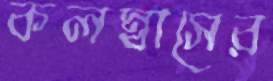
কলম্বাসের